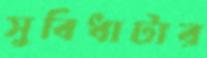
সুবিধাটার